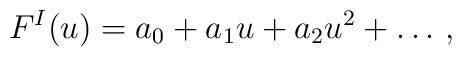
F^I (u) = a_0 + a_1 u + a_2 u^2 + \dots \,,